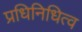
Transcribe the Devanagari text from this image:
प्रधिनिधित्व